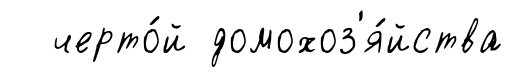
черто́й домохоз'я́йства